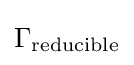
\Gamma _{\text{reducible}}